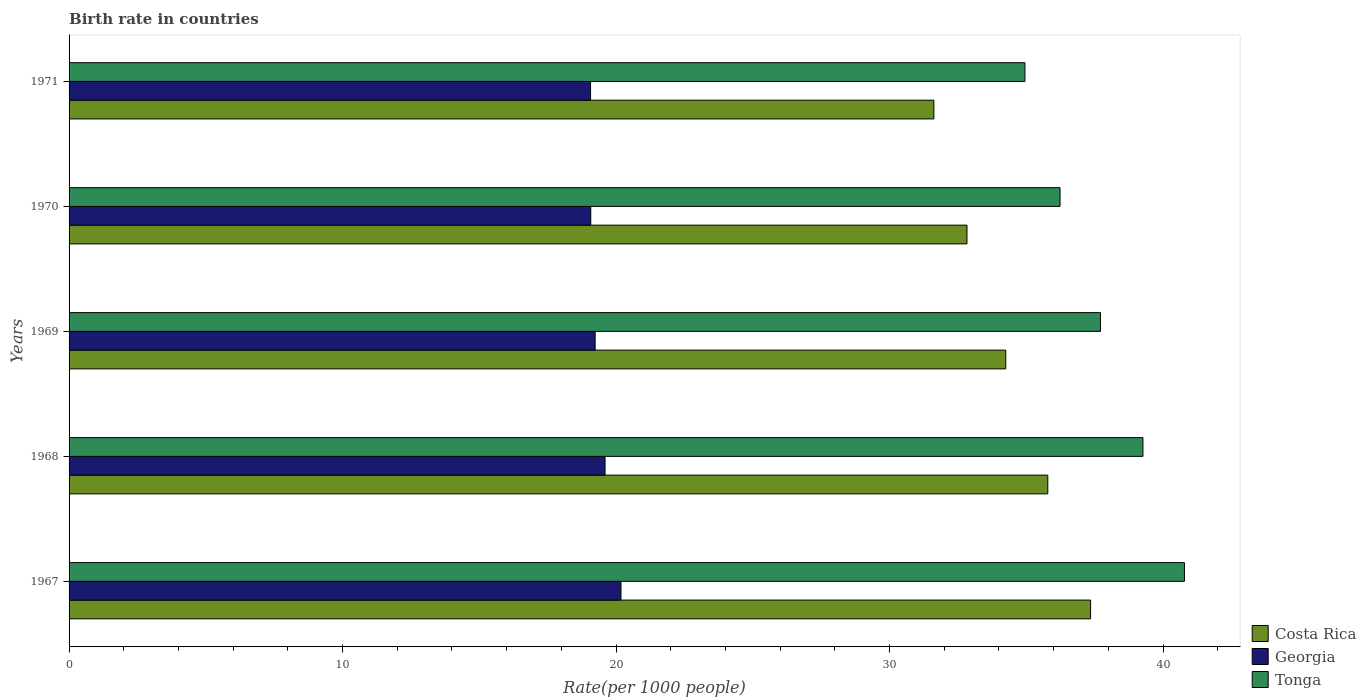
| Years | Costa Rica | Georgia | Tonga |
 | --- | --- | --- | --- |
 | 1967 | 37.4 | 20.2 | 40.8 |
 | 1968 | 35.8 | 19.6 | 39.3 |
 | 1969 | 34.2 | 19.2 | 37.7 |
 | 1970 | 32.8 | 19.1 | 36.2 |
 | 1971 | 31.6 | 19.1 | 35 |